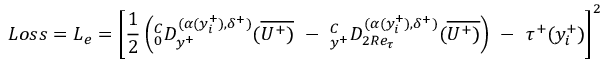
L o s s = L _ { e } = \left[ { \frac { 1 } { 2 } } \left( ^ C _ { 0 } D _ { y ^ { + } } ^ { ( \alpha ( y _ { i } ^ { + } ) , \delta ^ { + } ) } ( \overline { { U ^ { + } ) } } ~ - ~ _ { y ^ { + } } ^ { C } D _ { 2 R e _ { \tau } } ^ { ( { \alpha ( y _ { i } ^ { + } ) } , \delta ^ { + } ) } ( \overline { { U ^ { + } ) } } \right) ~ - ~ \tau ^ { + } ( y _ { i } ^ { + } ) \right] ^ { 2 }